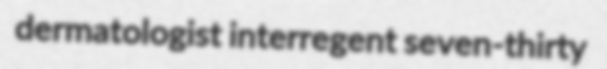
dermatologist interregent seven-thirty